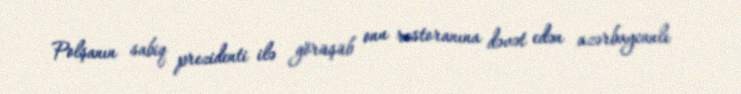
Polşanın sabiq prezidenti ilə görüşüb onu restoranına dəvət edən azərbaycanlı